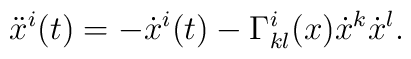
\ddot{x}^i(t) = - \dot{x}^i(t) - \Gamma^i_{k l}(x)      \dot{x}^k \dot{x}^l .